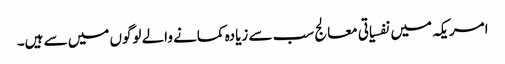
امریکہ میں نفسیاتی معالج سب سے زیادہ کمانے والے لوگوں میں سے ہیں۔